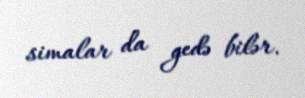
simalar da gedə bilər.